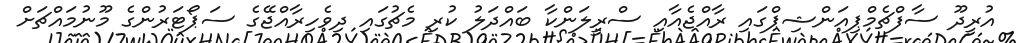
އުރީދޫ ސާފްޗެމްޕިއަންޝިޕްގައި ރާއްޖެއާއި ސްރީލަންކާ ބައްދަލު ކުރި މެޗުގައި ދިވެހިރާއްޖޭގެ ސަޕޯޓަރުންގެ މޫނުމައްޗަށް